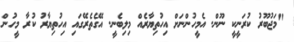
"މަޖުބޫރު ކުރަނީކީ ނޫން. އެމީހުންނަށް އިހުތިޔާރެއް މިލިބެނީ. އޭގެތެރޭގައި އިހުތިޔާރު ކުރާ މީހުން